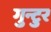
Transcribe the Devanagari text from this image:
गुन्टुर